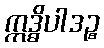
ဣဒ္ဓိပါဒဉ္စ